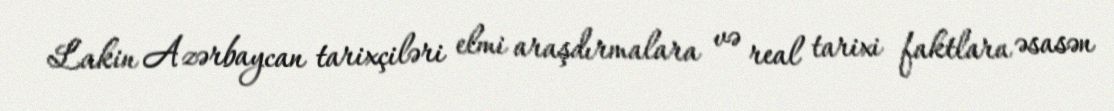
Lakin Azərbaycan tarixçiləri elmi araşdırmalara və real tarixi faktlara əsasən